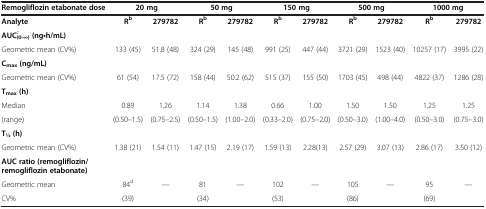
| Remogliflozin etabonate dose | <COLSPAN=2> 20 mg | <COLSPAN=2> 50 mg | <COLSPAN=2> 150 mg | <COLSPAN=2> 500 mg | <COLSPAN=2> 1000 mg |
 | --- | --- | --- | --- | --- | --- | --- | --- | --- | --- | --- |
 | Analyte | Rb | 279782 | Rb | 279782 | Rb | 279782 | Rb | 279782 | Rb | 279782 |
 | AUCc(0-∞) (ng•h/mL) |  |  |  |  |  |  |  |  |  |  |
 | Geometric mean (CV%) | 133 (45) | 51.8 (48) | 324 (29) | 145 (48) | 991 (25) | 447 (44) | 3721 (29) | 1523 (40) | 10257 (17) | 3995 (22) |
 | Cmax (ng/mL) |  |  |  |  |  |  |  |  |  |  |
 | Geometric mean (CV%) | 61 (54) | 17.5 (72) | 158 (44) | 50.2 (62) | 515 (37) | 155 (50) | 1703 (45) | 498 (44) | 4822 (37) | 1286 (28) |
 | Tmax (h) |  |  |  |  |  |  |  |  |  |  |
 | Median | 0.89 | 1.26 | 1.14 | 1.38 | 0.66 | 1.00 | 1.50 | 1.50 | 1.25 | 1.25 |
 | (range) | (0.50–1.5) | (0.75–2.5) | (0.50–1.5) | (1.00–2.0) | (0.33–2.0) | (0.75–2.0) | (0.50–3.0) | (1.00–4.0) | (0.50–3.0) | (0.75–3.0) |
 | T1⁄2 (h) |  |  |  |  |  |  |  |  |  |  |
 | Geometric mean (CV%) | 1.38 (21) | 1.54 (11) | 1.47 (15) | 2.19 (17) | 1.59 (13) | 2.28(13) | 2.57 (29) | 3.07 (13) | 2.86 (17) | 3.50 (12) |
 | AUC ratio (remogliflozin/remogliflozin etabonate) |  |  |  |  |  |  |  |  |  |  |
 | Geometric mean | 84d | — | 81 | — | 102 | — | 105 | — | 95 | — |
 | CV% | (39) |  | (34) |  | (53) |  | (86) |  | (69) |  |